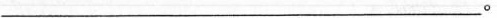
___。